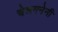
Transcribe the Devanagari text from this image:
चेन्नमनेनी